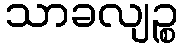
သာခလျဉ္စ